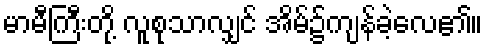
မာမီကြီးတို့ လူစုသာလျှင် အိမ်၌ကျန်ခဲ့လေ၏။